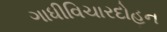
ગાધીવિચારદોહન